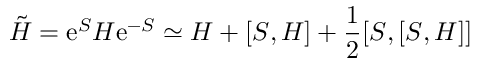
\tilde { H } = \mathrm { e } ^ { S } H \mathrm { e } ^ { - S } \simeq H + [ S , H ] + \frac { 1 } { 2 } [ S , [ S , H ] ]